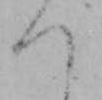
つ